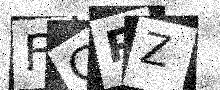
Text: FGPZ